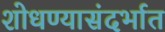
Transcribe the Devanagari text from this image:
शोधण्यासंदर्भात